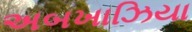
અબખાઝિયા